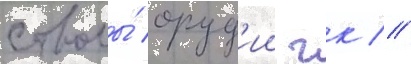
стволы́ оруд'ии гк //